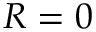
R = 0